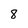
Character: 8